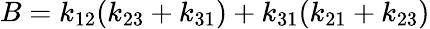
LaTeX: B=k_{12}(k_{23}+k_{31})+k_{31}(k_{21}+k_{23})